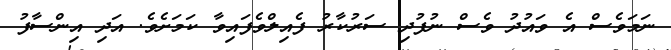
ނަމަވެސް އެ ވައުދު ވެސް ނުފުދި ސަރުކާރު ފެއިލްވެފައިވާ ކަމަށެވެ. އަދި އިންސާފު